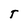
Character: T